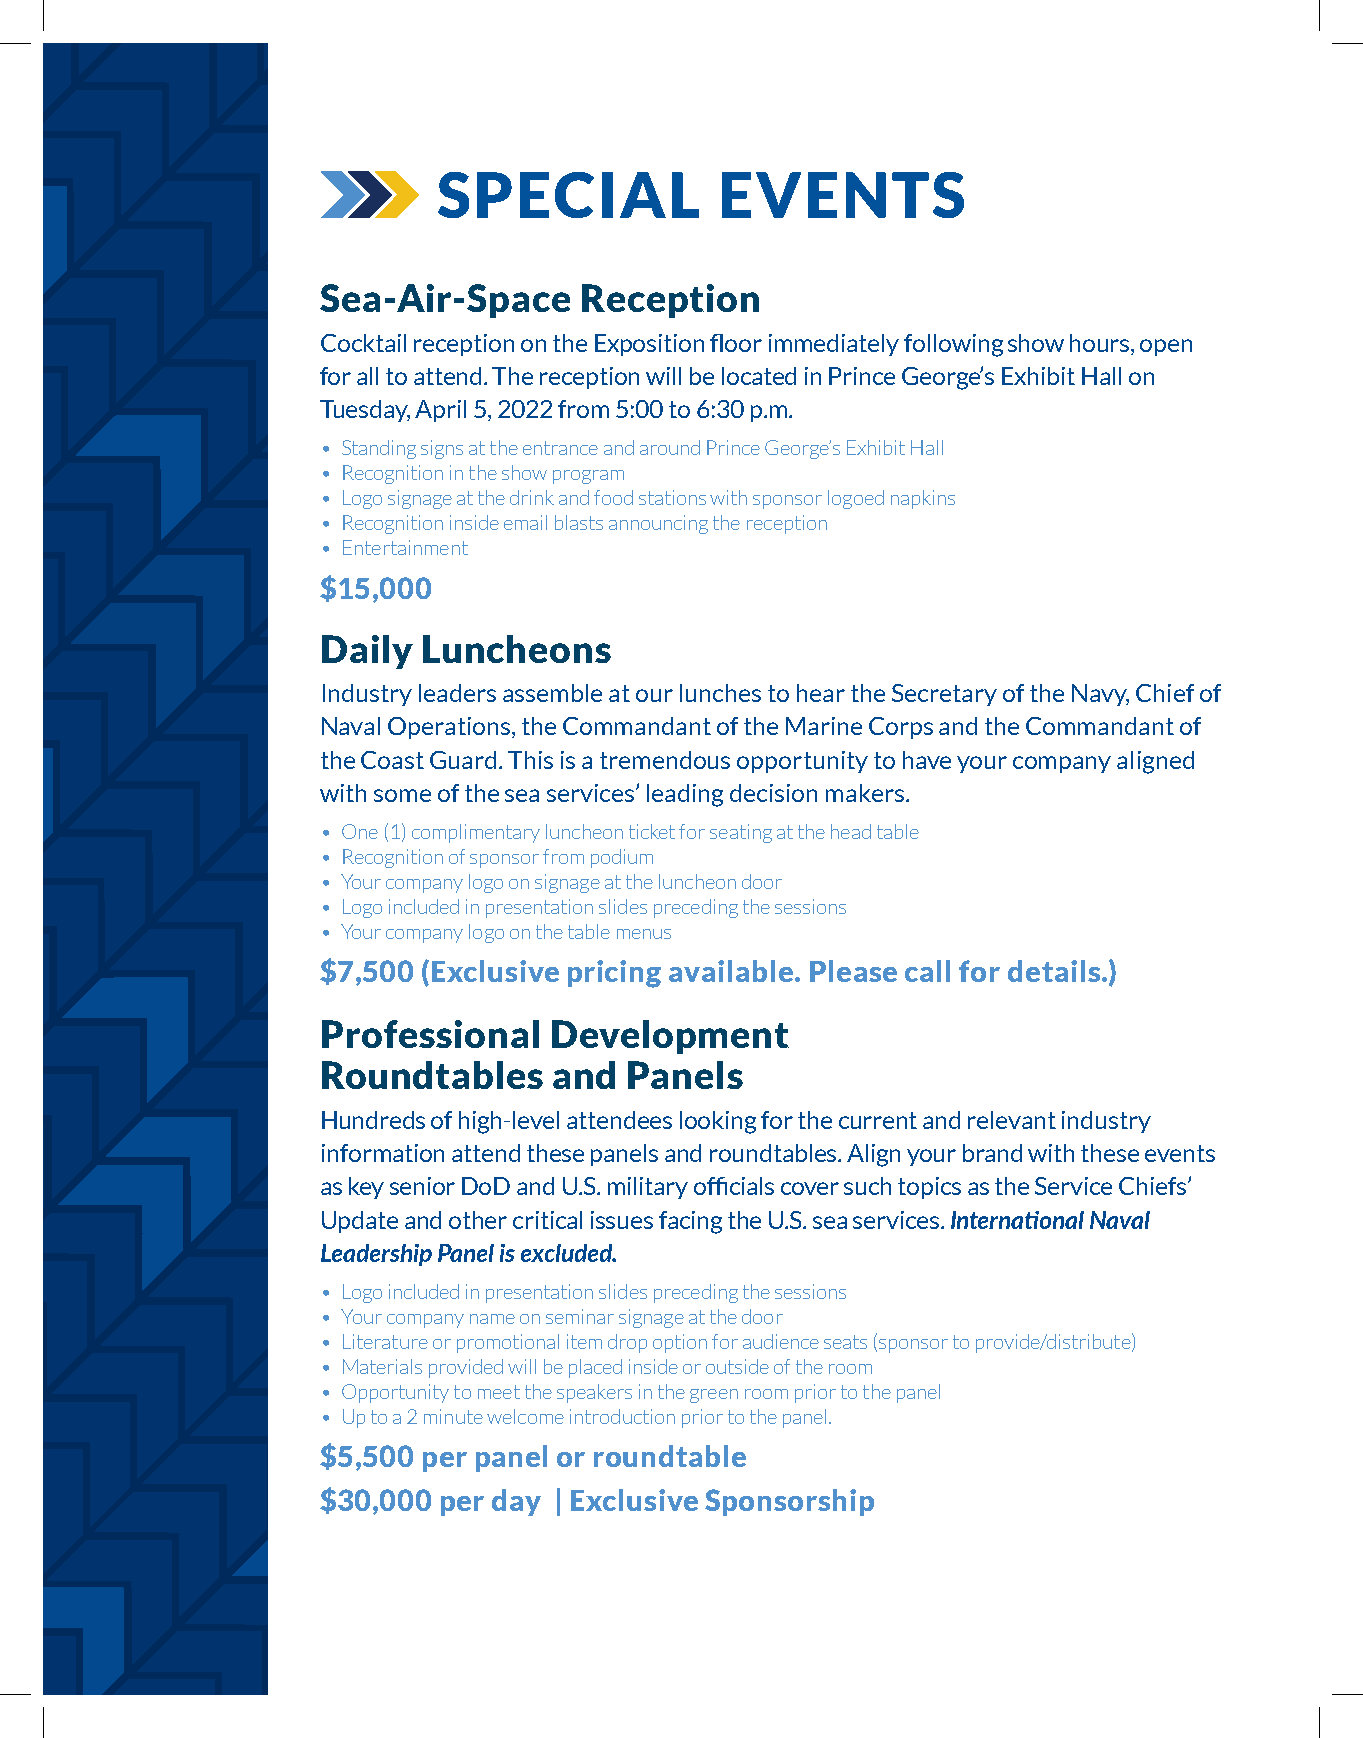
SPECIAL            EVENTS
 Sea-Air-Space    Reception
 Cocktail reception on the Exposition floor immediately following show hours, open
 for all to attend. The reception will be located in Prince George’s Exhibit Hall on
 Tuesday, April 5, 2022 from 5:00 to 6:30 p.m.
 • Standing signs at the entrance and around Prince George’s Exhibit Hall
 • Recognition in the show program
 • Logo signage at the drink and food stations with sponsor logoed napkins
 • Recognition inside email blasts announcing the reception
 • Entertainment
 $15,000
 Daily  Luncheons
 Industry leaders assemble at our lunches to hear the Secretary of the Navy, Chief of
 Naval Operations, the Commandant of the Marine Corps and the Commandant of
 the Coast Guard. This is a tremendous opportunity to have your company aligned
 with some of the sea services’ leading decision makers.
 • One (1) complimentary luncheon ticket for seating at the head table
 • Recognition of sponsor from podium
 • Your company logo on signage at the luncheon door
 • Logo included in presentation slides preceding the sessions
 • Your company logo on the table menus
 $7,500 (Exclusive pricing available. Please call for details.)
 Professional   Development
 Roundtables     and Panels
 Hundreds of high-level attendees looking for the current and relevant industry
 information attend these panels and roundtables. Align your brand with these events
 as key senior DoD and U.S. military officials cover such topics as the Service Chiefs’
 Update and other critical issues facing the U.S. sea services. International Naval
 Leadership Panel is excluded.
 • Logo included in presentation slides preceding the sessions
 • Your company name on seminar signage at the door
 • Literature or promotional item drop option for audience seats (sponsor to provide/distribute)
 • Materials provided will be placed inside or outside of the room
 • Opportunity to meet the speakers in the green room prior to the panel
 • Up to a 2 minute welcome introduction prior to the panel.
 $5,500 per panel or roundtable
 $30,000 per day | Exclusive Sponsorship